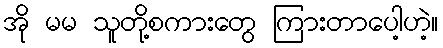
အို မမ သူတို့စကားတွေ ကြားတာပေါ့ဟဲ့။